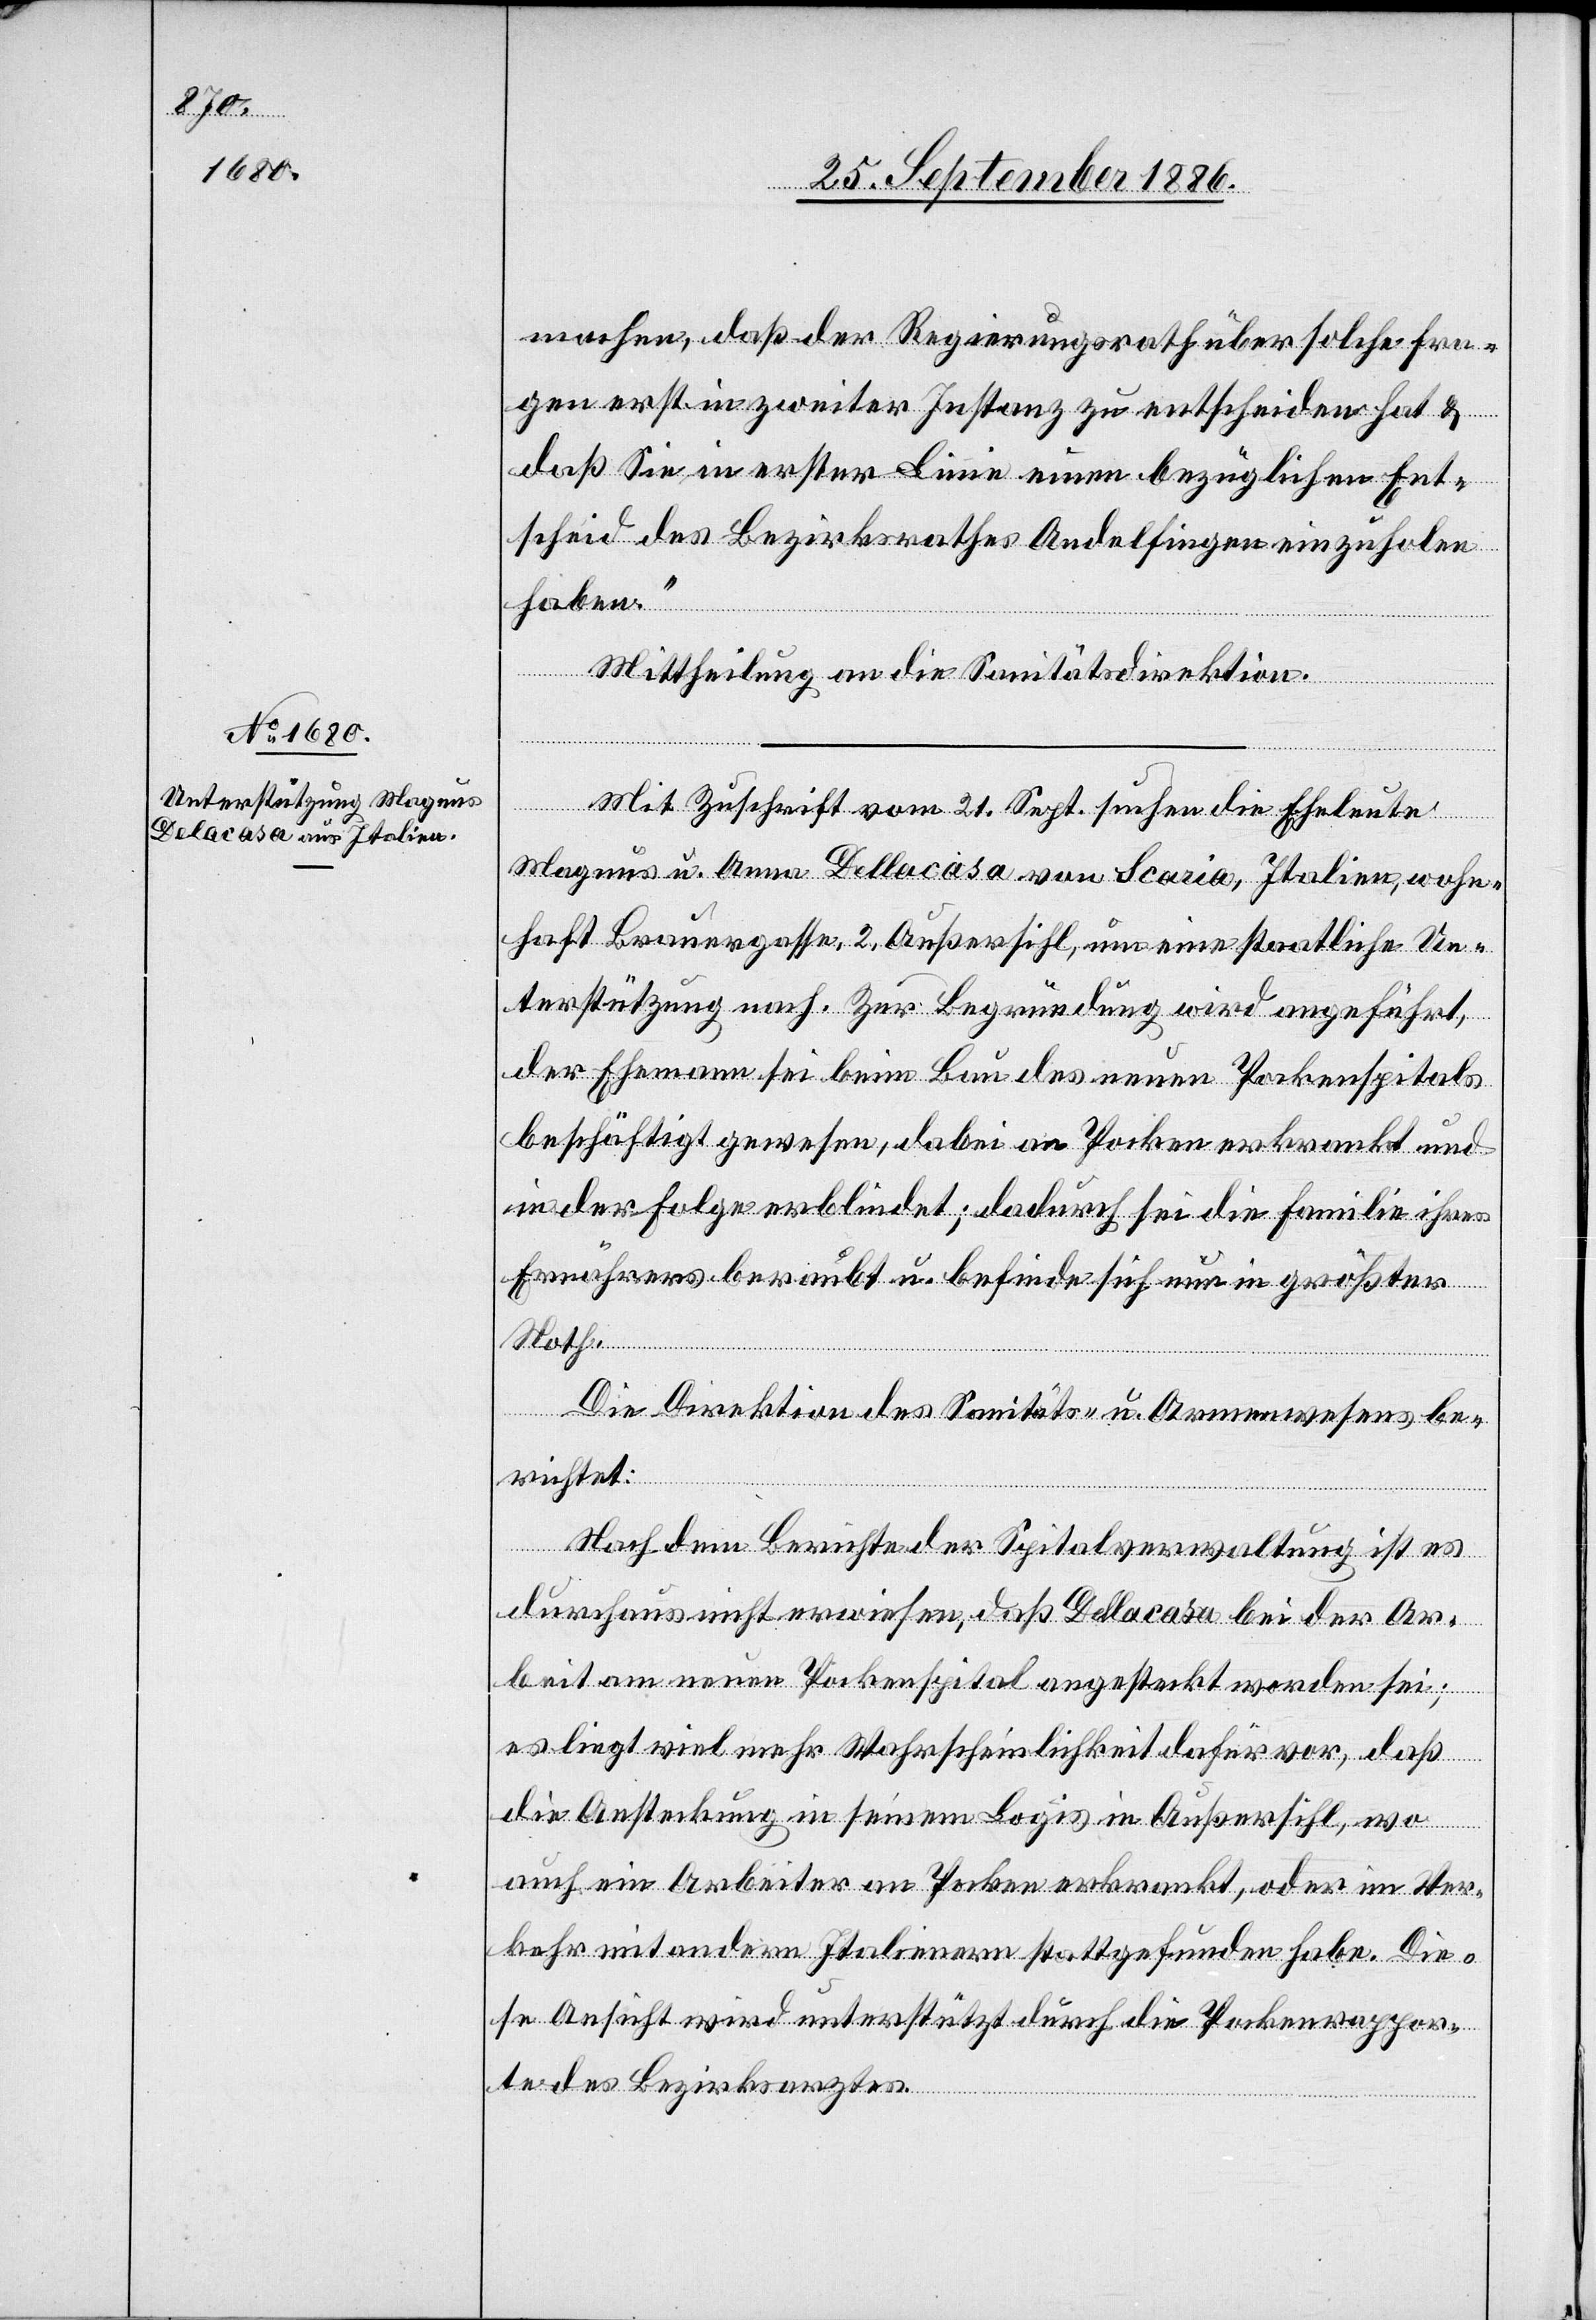
machen, daß der Regierungsrath über solche Fra¬
gen erst in zweiter Instanz zu entscheiden hat &
daß Sie in erster Linie einen bezüglichen Ent¬
scheid des Bezirksrathes Andelfingen einzuholen
haben.“
Mittheilung an die Sanitätsdirektion.
Mit Zuschrift vom 21. Sept. suchen die Eheleute
Magnus u. Anna Dellacasa [sic!] von Scaria, Italien, wohn¬
haft Brauergasse, 2, Außersihl, um eine staatliche Un¬
terstützung nach. Zur Begründung wird angeführt,
der Ehemann sei beim Bau des neuen Pockenspitals
beschäftigt gewesen, dabei an Pocken erkrankt und
in der Folge erblindet; dadurch sei die Familie ihres
Ernährers beraubt u. befinde sich nun in größter
Noth.
Die Direktion des Sanitäts- u. Armenwesens be¬
richtet:
Nach dem Berichte der Spitalverwaltung ist es
durchaus nicht erwiesen, daß Dellacasa bei der Ar¬
beit am neuen Pockenspital angesteckt worden sei;
es liegt viel mehr Wahrscheinlichkeit dafür vor, daß
die Ansteckung in seinem Logis in Außersihl, wo
auch ein Arbeiter an Pocken erkrankt, oder im Ver¬
kehr mit andern Italienern stattgefunden habe. Die¬
se Ansicht wird unterstützt durch die Pockenrappor¬
te des Bezirksarztes.